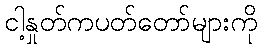
ငါ့နှုတ်ကပတ်တော်များကို